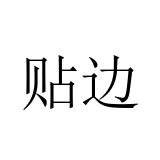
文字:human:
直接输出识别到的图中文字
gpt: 贴边